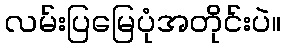
လမ်းပြမြေပုံအတိုင်းပဲ။